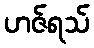
ဟဇ်ရသ်